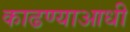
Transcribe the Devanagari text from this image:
काढण्याआधी